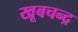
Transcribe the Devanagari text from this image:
खूबचन्द्र